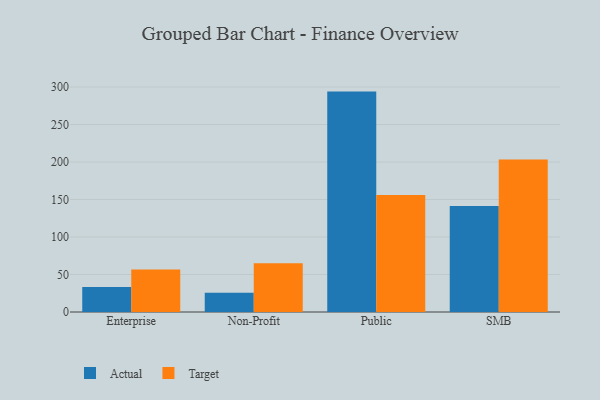
{"axis": {"x": "Segment", "y": "Satisfaction Score"}, "legend": ["Actual", "Target"], "data": [{"x": "Enterprise", "y": 33.2, "type": "Actual"}, {"x": "Enterprise", "y": 56.6, "type": "Target"}, {"x": "Non-Profit", "y": 25.7, "type": "Actual"}, {"x": "Non-Profit", "y": 64.9, "type": "Target"}, {"x": "Public", "y": 293.9, "type": "Actual"}, {"x": "Public", "y": 155.9, "type": "Target"}, {"x": "SMB", "y": 141.4, "type": "Actual"}, {"x": "SMB", "y": 203.5, "type": "Target"}]}